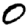
Digit: 0